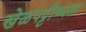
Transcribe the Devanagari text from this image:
खेळपट्टीच्यता